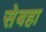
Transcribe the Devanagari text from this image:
सेबहा